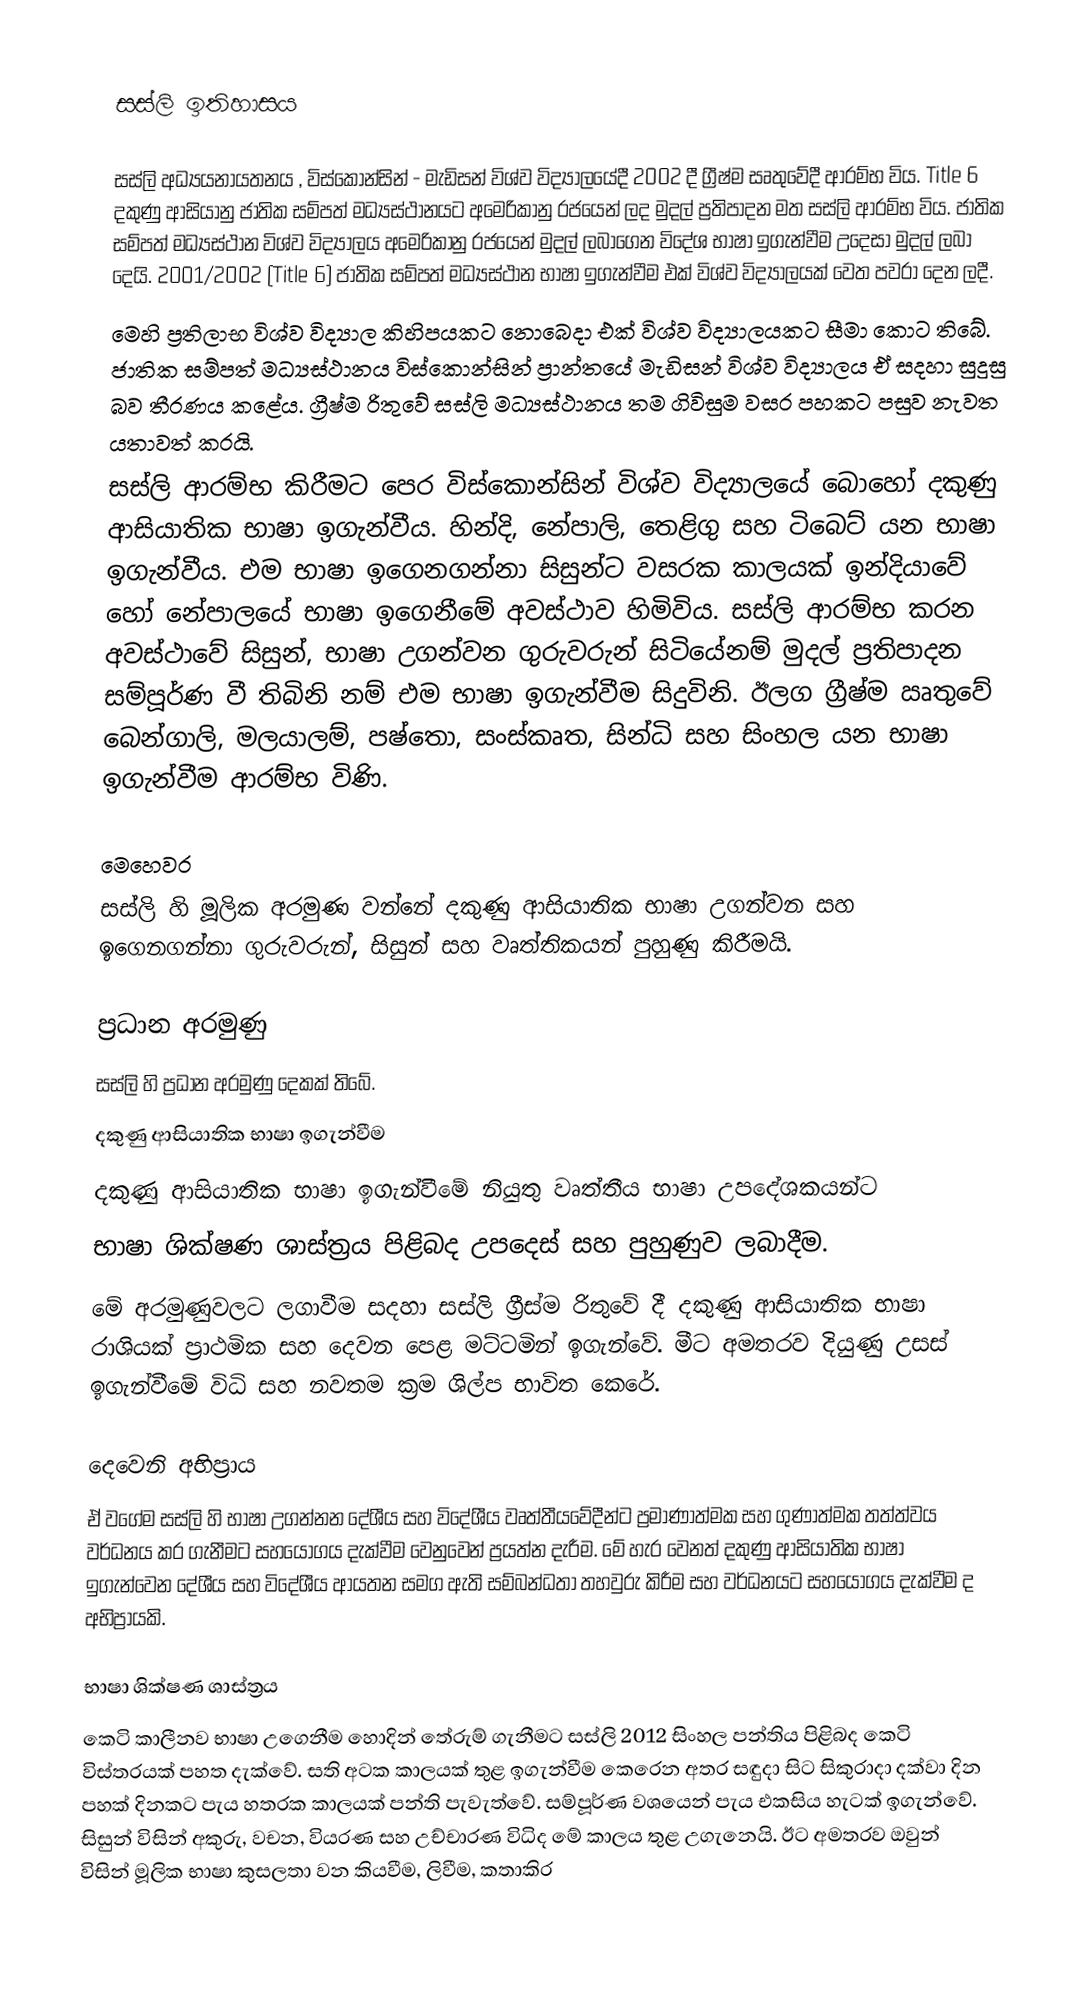

සස්ලි ඉතිහාසය

සස්ලි අධ්‍යයනායතනය , විස්කොන්සින් - මැඩිසන් විශ්ව විද්‍යාලයේදී 2002 දී  ග්‍රීෂ්ම සෘතුවේදී ආරම්භ විය. Title 6 දකුණු ආසියානු ජාතික සම්පත් මධ්‍යස්ථානයට අමෙරිකානු රජයෙන් ලද මුදල් ප්‍රතිපාදන මත සස්ලි ආරම්භ විය. ජාතික සම්පත් මධ්‍යස්ථාන විශ්ව විද්‍යාලය අමෙරිකානු රජයෙන් මුදල් ලබාගෙන විදේශ භාෂා ඉගැන්වීම උදෙසා මුදල් ලබා දෙයි. 2001/2002 (Title 6) ජාතික සම්පත් මධ්‍යස්ථාන භාෂා ඉගැන්වීම එක් විශ්ව විද්‍යාලයක් වෙත පවරා දෙන ලදී.
මෙහි ප්‍රතිලාභ විශ්ව විද්‍යාල  කිහිපයකට නොබෙදා එක් විශ්ව විද්‍යාලයකට සීමා කොට  තිබේ. ජාතික සම්පත් මධ්‍යස්ථානය විස්කොන්සින් ප්‍රාන්තයේ මැඩිසන් විශ්ව විද්‍යාලය ඒ සදහා සුදුසු බව තීරණය කළේය. ග්‍රීෂ්ම රිතුවේ සස්ලි මධ්‍යස්ථානය තම ගිවිසුම වසර පහකට පසුව නැවත යතාවත් කරයි.
සස්ලි ආරම්භ කිරීමට පෙර විස්කොන්සින් විශ්ව විද්‍යාලයේ බොහෝ දකුණු ආසියාතික භාෂා ඉගැන්වීය. හින්දි, නේපාලි, තෙළිගු සහ ටිබෙට් යන භාෂා ඉගැන්වීය. එම භාෂා ඉගෙනගන්නා සිසුන්ට වසරක කාලයක් ඉන්දියාවේ හෝ නේපාලයේ භාෂා ඉගෙනීමේ අවස්ථාව හිමිවිය. සස්ලි ආරම්භ කරන අවස්ථාවේ සිසුන්, භාෂා උගන්වන ගුරුවරුන් සිටියේනම් මුදල් ප්‍රතිපාදන සම්පූර්ණ වී තිබිනි නම් එම භාෂා ඉගැන්වීම සිදුවිනි.  ඊලග ග්‍රීෂ්ම ඍතුවේ බෙන්ගාලි, මලයාලම්, පෂ්තො, සංස්කෘත, සින්ධි සහ සිංහල යන භාෂා ඉගැන්වීම ආරම්භ විණි.

මෙහෙවර
සස්ලි හි මූලික අරමුණ වන්නේ දකුණු ආසියාතික භාෂා උගන්වන සහ ඉගෙනගන්නා ගුරුවරුන්, සිසුන් සහ වෘත්තිකයන් පුහුණු කිරීමයි.

ප්‍රධාන අරමුණු
සස්ලි හි ප්‍රධාන අරමුණු දෙකක් තිබේ.
 දකුණු ආසියාතික භාෂා ඉගැන්වීම
 දකුණු ආසියාතික භාෂා ඉගැන්වීමේ නියුතු වෘත්තීය භාෂා උපදේශකයන්ට
භාෂා ශික්ෂණ ශාස්ත්‍රය පිළිබද උපදෙස් සහ පුහුණුව ලබාදීම.
මේ අරමුණුවලට ලගාවීම සදහා සස්ලි ග්‍රීස්ම රිතුවේ දී දකුණු ආසියාතික භාෂා රාශියක් ප්‍රාථමික සහ දෙවන පෙළ මට්ටමින් ඉගැන්වේ. මීට අමතරව දියුණු උසස් ඉගැන්වීමේ  විධි සහ නවතම ක්‍රම ශිල්ප භාවිත කෙරේ.

දෙවෙනි අභිප්‍රාය
ඒ වගේම සස්ලි හි භාෂා උගන්නන  දේශීය සහ විදේශීය වෘත්තීයවේදීන්ට  ප්‍රමාණාත්මක සහ ගුණාත්මක තත්ත්වය වර්ධනය කර ගැනීමට සහයෝගය දැක්වීම වෙනුවෙන් ප්‍රයත්න දැරීම. මේ හැර වෙනත් දකුණු ආසියාතික භාෂා ඉගැන්වෙන දේශීය සහ විදේශීය ආයතන සමග ඇති සම්බන්ධතා තහවුරු කිරීම සහ වර්ධනයට සහයෝගය දැක්වීම ද අභිප්‍රායකි.

භාෂා ශික්ෂණ ශාස්ත්‍රය
කෙටි කාලීනව භාෂා උගෙනීම හොදින් තේරුම් ගැනීමට සස්ලි 2012  සිංහල   පන්තිය පිළිබද කෙටි විස්තරයක් පහත දැක්වේ. සති අටක කාලයක් තුළ ඉගැන්වීම කෙරෙන අතර සඳුදා සිට සිකුරාදා දක්වා දින පහක් දිනකට පැය හතරක කාලයක් පන්ති පැවැත්වේ. සම්පූර්ණ වශයෙන් පැය එකසිය හැටක් ඉගැන්වේ. සිසුන්  විසින් අකුරු, වචන, වියරණ සහ උච්චාරණ විධිද මේ කාලය තුළ උගැනෙයි. ඊට අමතරව ඔවුන් විසින් මූලික භාෂා කුසලතා වන කියවීම, ලිවීම, කතාකිර